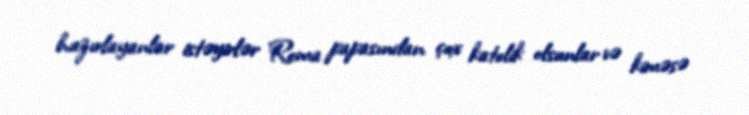
hazırlayanlar istəyirlər Roma papasından çox katolik olsunlar və kiməsə